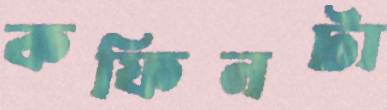
কফিনটা